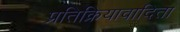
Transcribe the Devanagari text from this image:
प्रतिक्रियावादिता